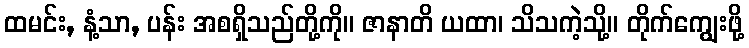
ထမင်း, နံ့သာ, ပန်း အစရှိသည်တို့ကို။ ဇာနာတိ ယထာ၊ သိသကဲ့သို့။ တိုက်ကျွေးဖို့